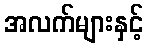
အလက်များနှင့်